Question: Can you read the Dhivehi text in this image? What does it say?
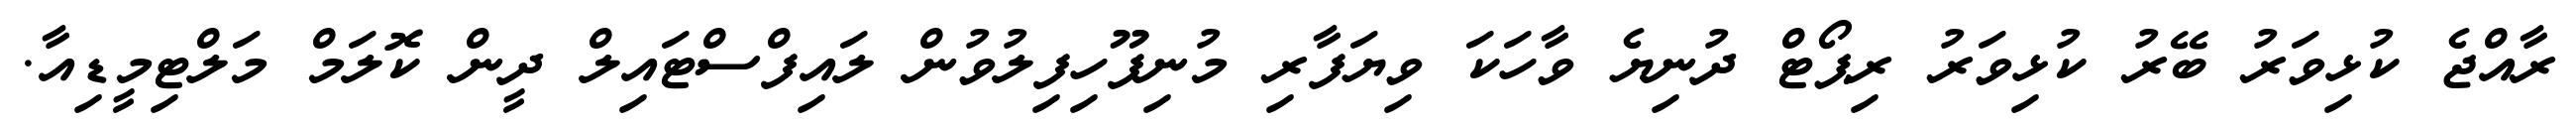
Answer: ރާއްޖެ ކުޅިވަރު ބޭރު ކުޅިވަރު ރިޕޯޓް ދުނިޔެ ވާހަކަ ވިޔަފާރި މުނިފޫހިފިލުވުން ލައިފްސްޓައިލް ދީން ކޮލަމް މަލްޓިމީޑިއާ.